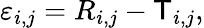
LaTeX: \varepsilon_{i,j}=R_{i,j}-\mathsf{T}_{i,j},